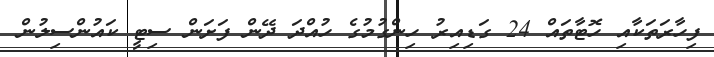
ފިހާރަތަކާއި ހޮޓާތައް 24 ގަޑިއިރު ހިންގުމުގެ ހުއްދަ ދޭން ފަށަން ސިޓީ ކައުންސިލުން